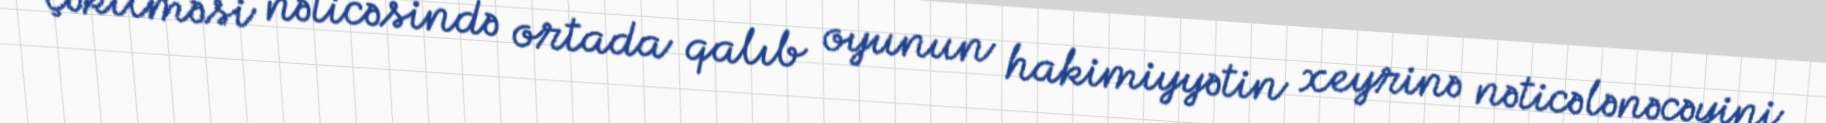
çəkilməsi nəticəsində ortada qalıb oyunun hakimiyyətin xeyrinə nəticələnəcəyini